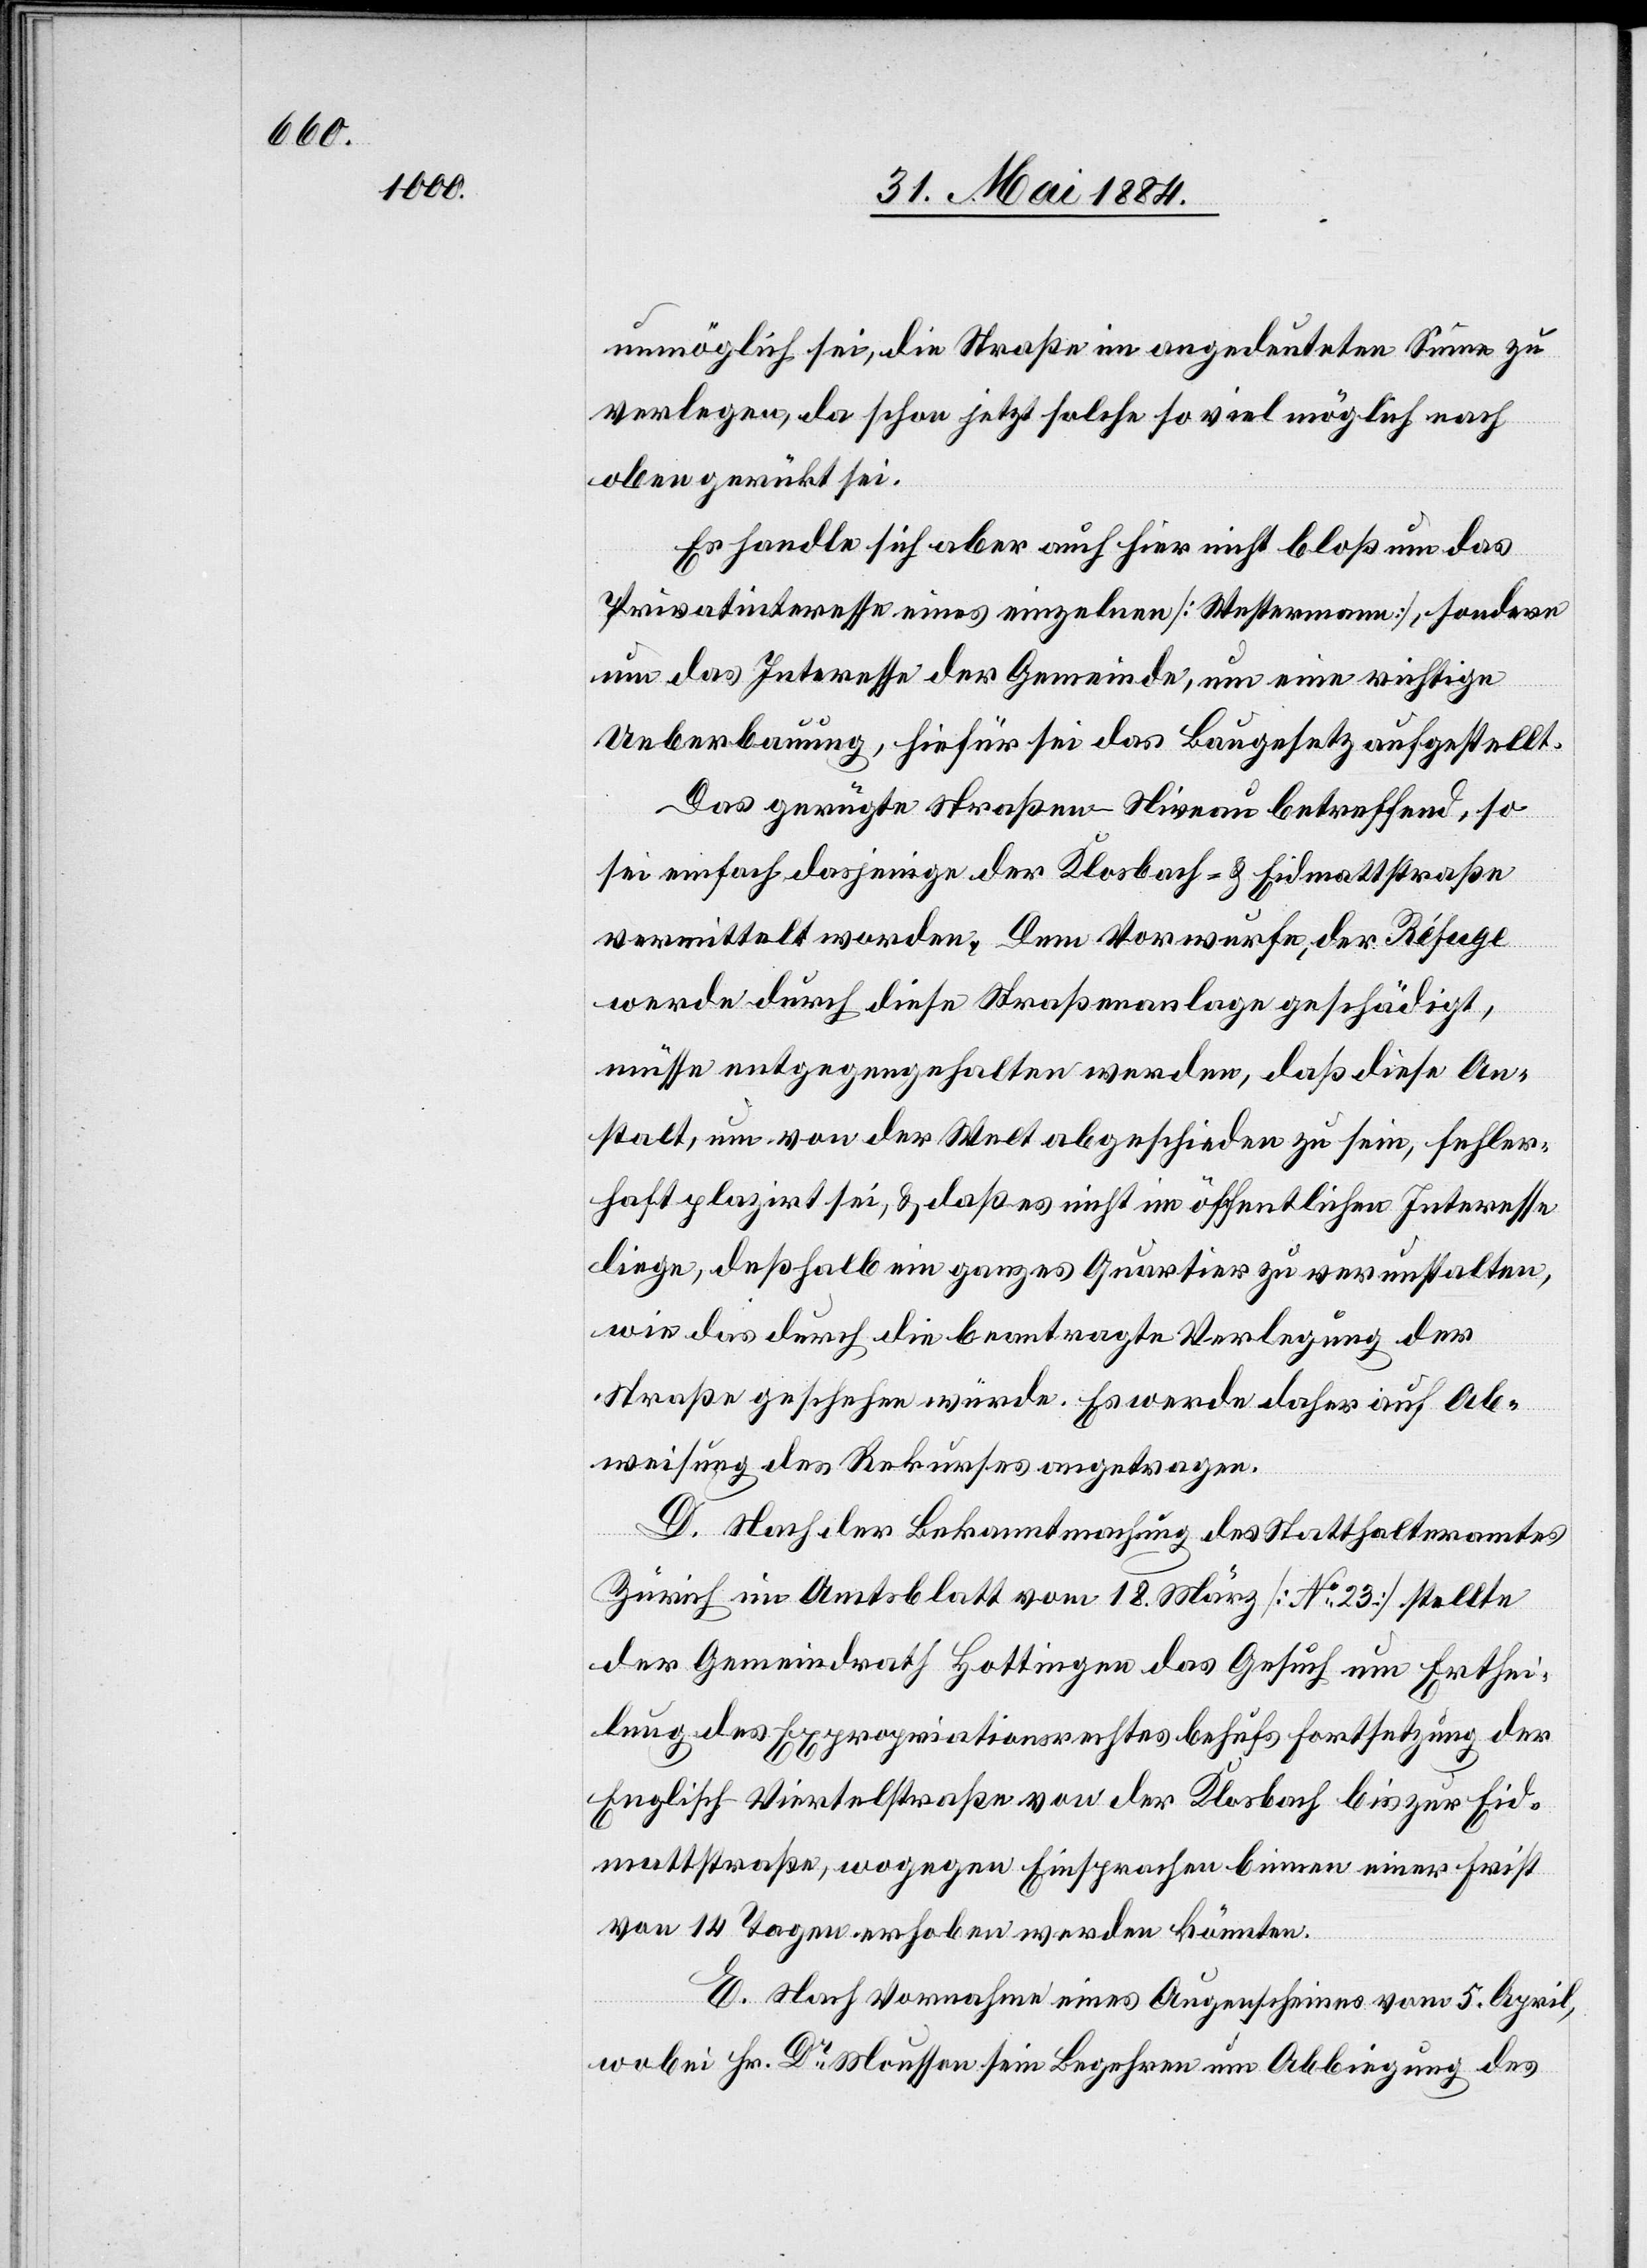
unmöglich sei, die Straße im angedeuteten Sinne zu
verlegen, da schon jetzt solche so viel möglich nach
oben gerückt sei.
Es handle sich aber auch hier nicht bloß um das
Privatinteresse eines einzelnen [Westermann], sondern
um das Interesse der Gemeinde, um eine richtige
Ueberbauung, hiefür sie das Baugesetz aufgestellt.
Das gerügte Straßen-Niveau betreffend, so
sei einfach dasjenige der Klosbach- & Eidmattstraße
vermittelt worden. Dem Vorwurfe, der Réfuge
werde durch diese Straßenanlage geschädigt,
müsse entgegengehalten werden, daß diese An¬
stalt, um von der Welt abgeschieden zu sein, fehler¬
haft plazirt sei, & daß es nicht im öffentlichen Interesse
liege, deßhalb ein ganzes Quartier zu verunstalten,
wie das durch die beantragte Verlegung der
Straße geschehen würde. Es werde daher auf Ab¬
weisung des Rekurses angetragen.
D. Nach der Bekanntmachung des Statthalteramtes
Zürich im Amtsblatt vom 18. März [No 23] stellte
der Gemeindrath Hottingen das Gesuch um Erthei¬
lung des Expropriationsrechtes behufs Fortsetzung der
Englisch-Viertelstraße von der Klosbach[-] bis zur Eid¬
mattstraße, wogegen Einsprachen binnen einer Frist
von 14 Tagen erhoben werden könnten.
E. Nach Vornahme eines Augenscheines vom 5. April,
wobei Hr. Dr Mousson sein Begehren um Abbiegung des